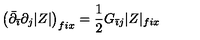
\left( \bar { \partial } _ { \bar { \imath } } \partial _ { j } | Z | \right) _ { f i x } = \frac { 1 } { 2 } G _ { \bar { \imath } j } | Z | _ { f i x }